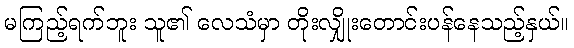
မကြည့်ရက်ဘူး သူ၏ လေသံမှာ တိုးလျှိုးတောင်းပန်နေသည့်နှယ်။